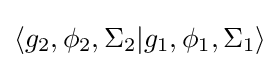
\langle g_{2},\phi _{2},\Sigma _{2}|g_{1},\phi _{1},\Sigma _{1}\rangle